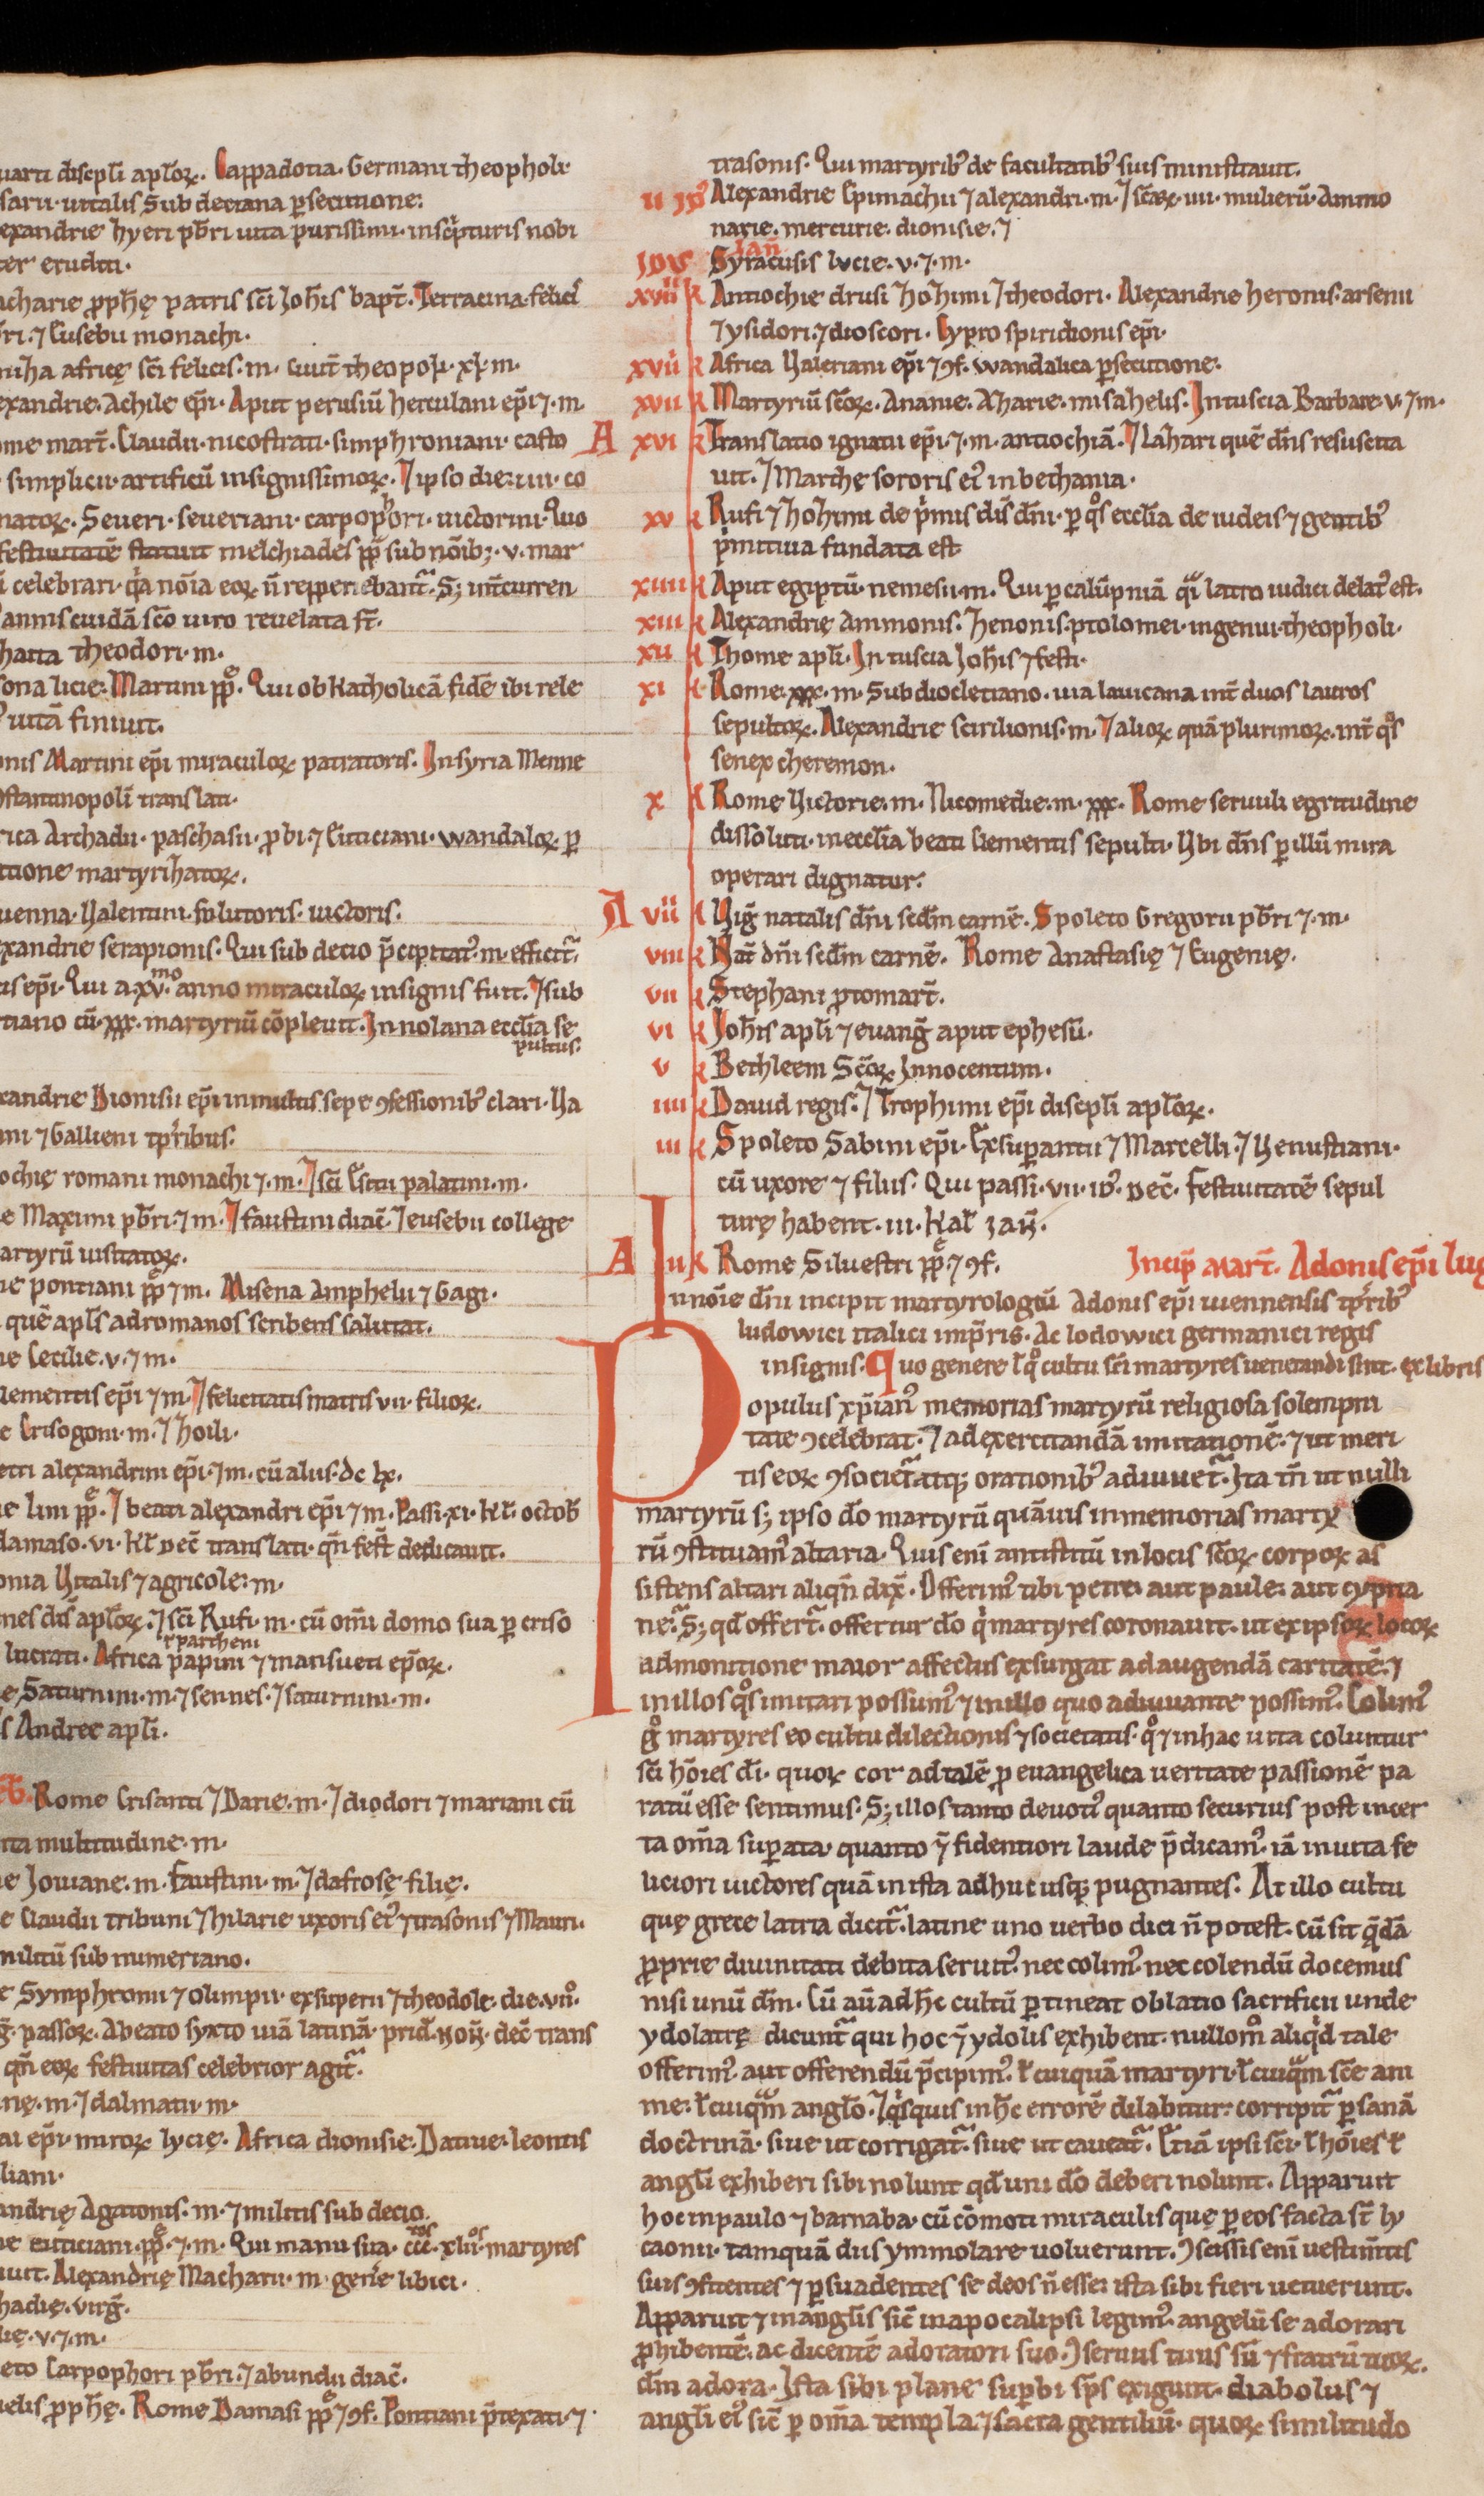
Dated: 1200–1299